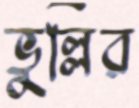
ভুল্লির